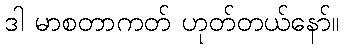
ဒါ မာစတာကတ် ဟုတ်တယ်နော်။